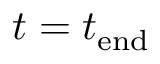
t = t _ { \mathrm { e n d } }